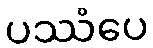
ပဿံပေ